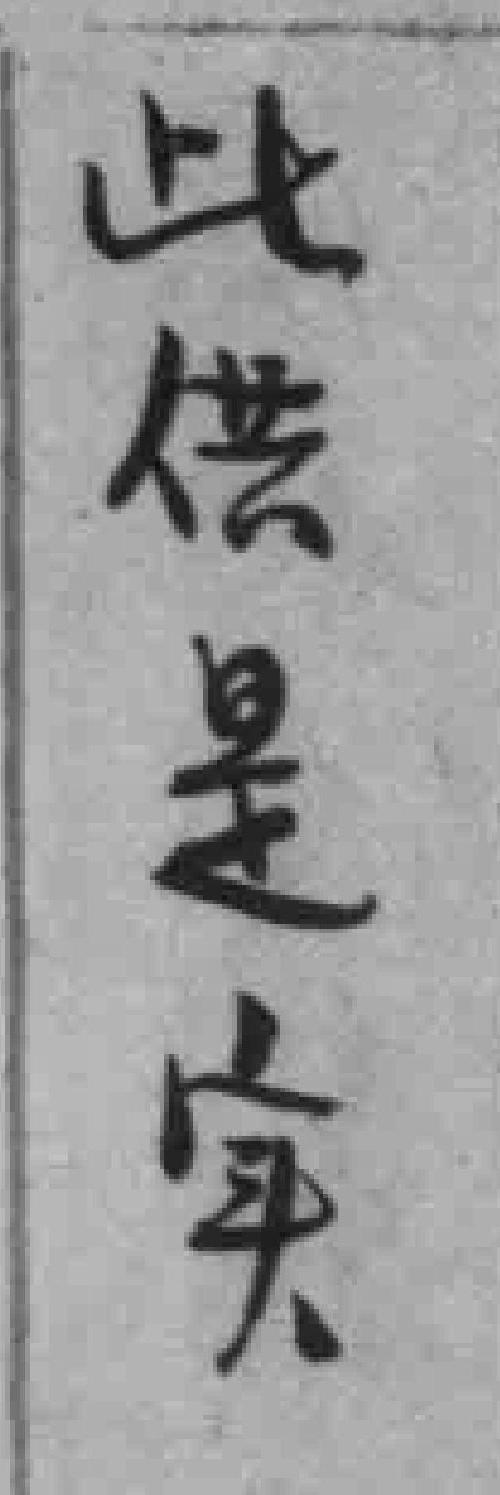
此供是实